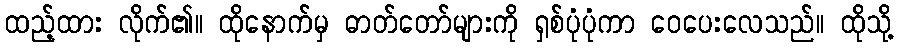
ထည့်ထား လိုက်၏။ ထိုနောက်မှ ဓာတ်တော်များကို ရှစ်ပုံပုံကာ ဝေပေးလေသည်။ ထိုသို့